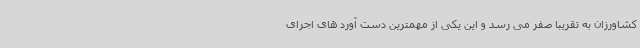
کشاورزان به تقریبا صفر می رسد و این یکی از مهمترین دست آورد های اجرای